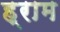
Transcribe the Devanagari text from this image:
ह्राम